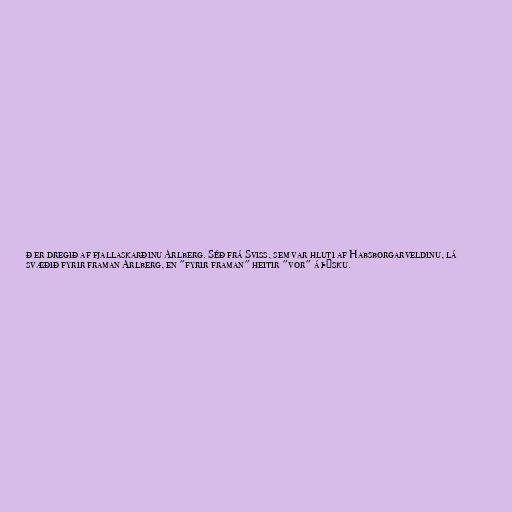
ð er dregið af fjallaskarðinu Arlberg. Séð frá Sviss, sem var hluti af Habsborgarveldinu, lá
svæðið fyrir framan Arlberg, en "fyrir framan" heitir "vor" á þýsku.